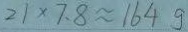
2 1 \times 7 . 8 \approx 1 6 4 g